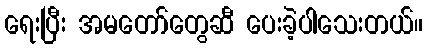
ရေးပြီး အမတော်တွေဆီ ပေးခဲ့ပါသေးတယ်။